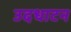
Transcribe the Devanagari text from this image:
उदधाटन